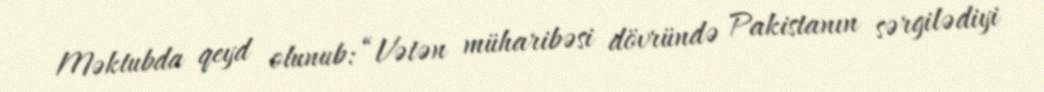
Məktubda qeyd olunub: “Vətən müharibəsi dövründə Pakistanın sərgilədiyi